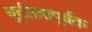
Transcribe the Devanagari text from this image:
धूर्तततापूर्वक